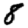
Digit: 8